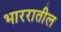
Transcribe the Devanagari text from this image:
भाररातील